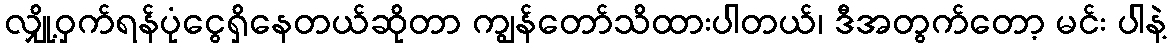
လျှို့ဝှက်ရန်ပုံငွေရှိနေတယ်ဆိုတာ ကျွန်တော်သိထားပါတယ်၊ ဒီအတွက်တော့ မင်း ပါနဲ့